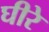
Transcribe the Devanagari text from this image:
घीरे